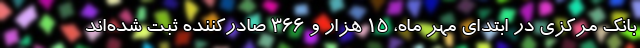
بانک مرکزی در ابتدای مهر ماه، 15 هزار و 366 صادرکننده ثبت شده‌اند